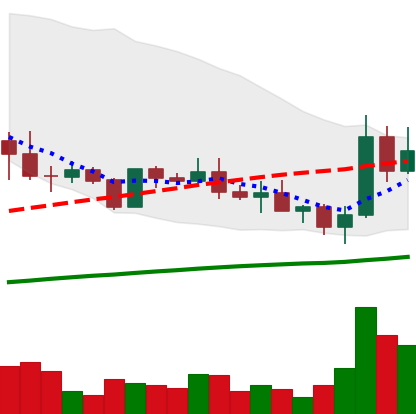
Ticker: ADA-USD
Chart end date: 2019-05-13
Forward return: 8.255%
Label: up_7plus